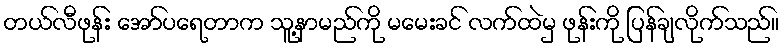
တယ်လီဖုန်း အော်ပရေတာက သူ့နာမည်ကို မမေးခင် လက်ထဲမှ ဖုန်းကို ပြန်ချလိုက်သည်။